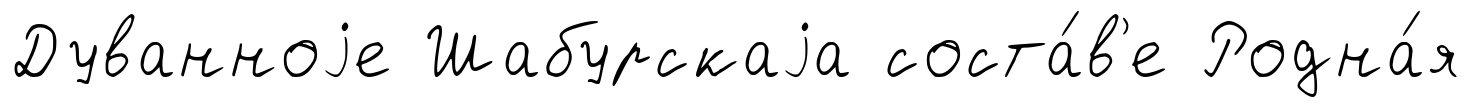
Дуванноjе Шабурскаjа соста́в'е Родна́я